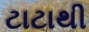
ટાટાથી